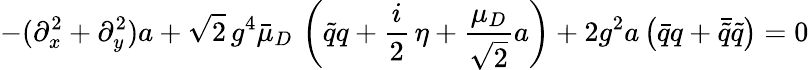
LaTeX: -(\partial_{x}^{2}+\partial_{y}^{2})a+\sqrt{2}\, g^{4}\bar{\mu}_{D}\, \left(\tilde{q}q+\frac i2\, \eta+\frac{\mu_{D}}{\sqrt{2}}a\right)+2g^{2}a\left(\bar{q}q+\bar{\tilde{q}}\tilde{q}\right)=0